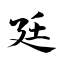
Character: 廷